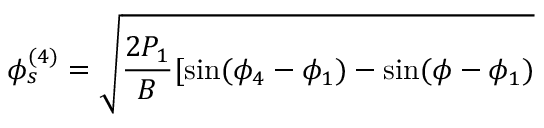
\phi _ { s } ^ { ( 4 ) } = \sqrt { \frac { 2 P _ { 1 } } { B } [ \sin ( \phi _ { 4 } - \phi _ { 1 } ) - \sin ( \phi - \phi _ { 1 } ) }